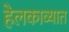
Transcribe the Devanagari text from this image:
हेलकाव्यात